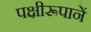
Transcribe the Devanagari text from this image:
पक्षीरूपानें